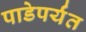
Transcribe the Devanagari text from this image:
पाडेपर्यंत